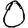
Digit: 0